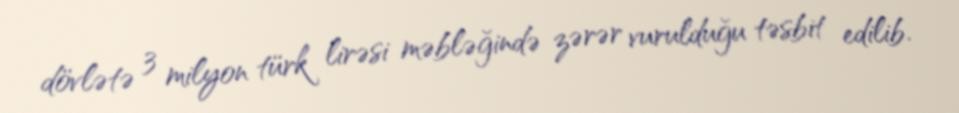
dövlətə 3 milyon türk lirəsi məbləğində zərər vurulduğu təsbit edilib.